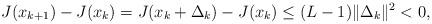
LaTeX: \begin{align*}J(x_{k+1}) - J(x_{k}) = J(x_k+\Delta_k) - J(x_{k}) \leq (L -1) \|\Delta_k\|^2 <0, \end{align*}